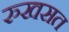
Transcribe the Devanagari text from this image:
रुखसत